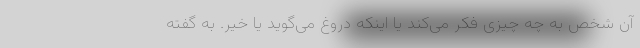
آن شخص به چه چیزی فکر می‌کند یا اینکه دروغ می‌گوید یا خیر. به گفته